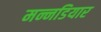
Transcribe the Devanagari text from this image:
मन्नडियार